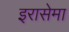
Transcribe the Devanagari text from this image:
इरासेमा